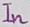
Text: In